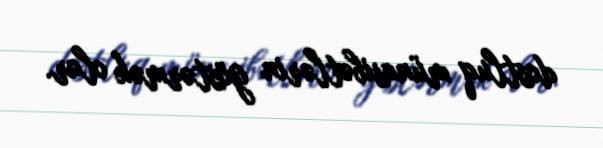
dostluq münasibətlərin göstərmək olar.